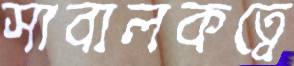
সাবালকত্বে